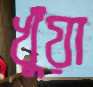
খুঁয়া